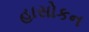
હાસોકન